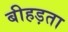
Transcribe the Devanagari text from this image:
बीहड़ता